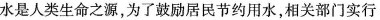
水是人类生命之源，为了鼓励居民节约用水，相关部门实行